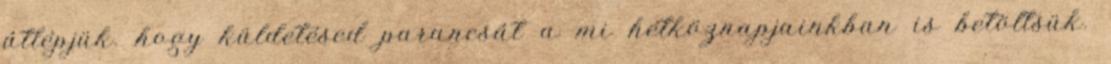
átlépjük. hogy küldetésed parancsát a mi hétköznapjainkban is betöltsük.